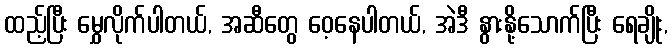
ထည့်ပြီး မွှေလိုက်ပါတယ်, အဆီတွေ ဝေ့နေပါတယ်, အဲဒီ နွားနို့သောက်ပြီး ရေချိုး,